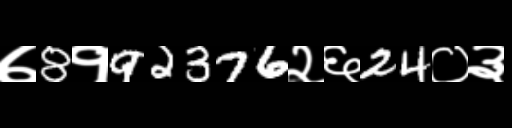
Text: ७8१92376२६24०३